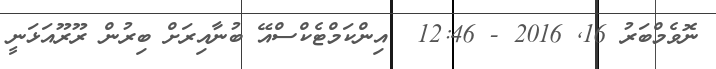
ނޮވެމްބަރު 16